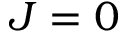
J = 0